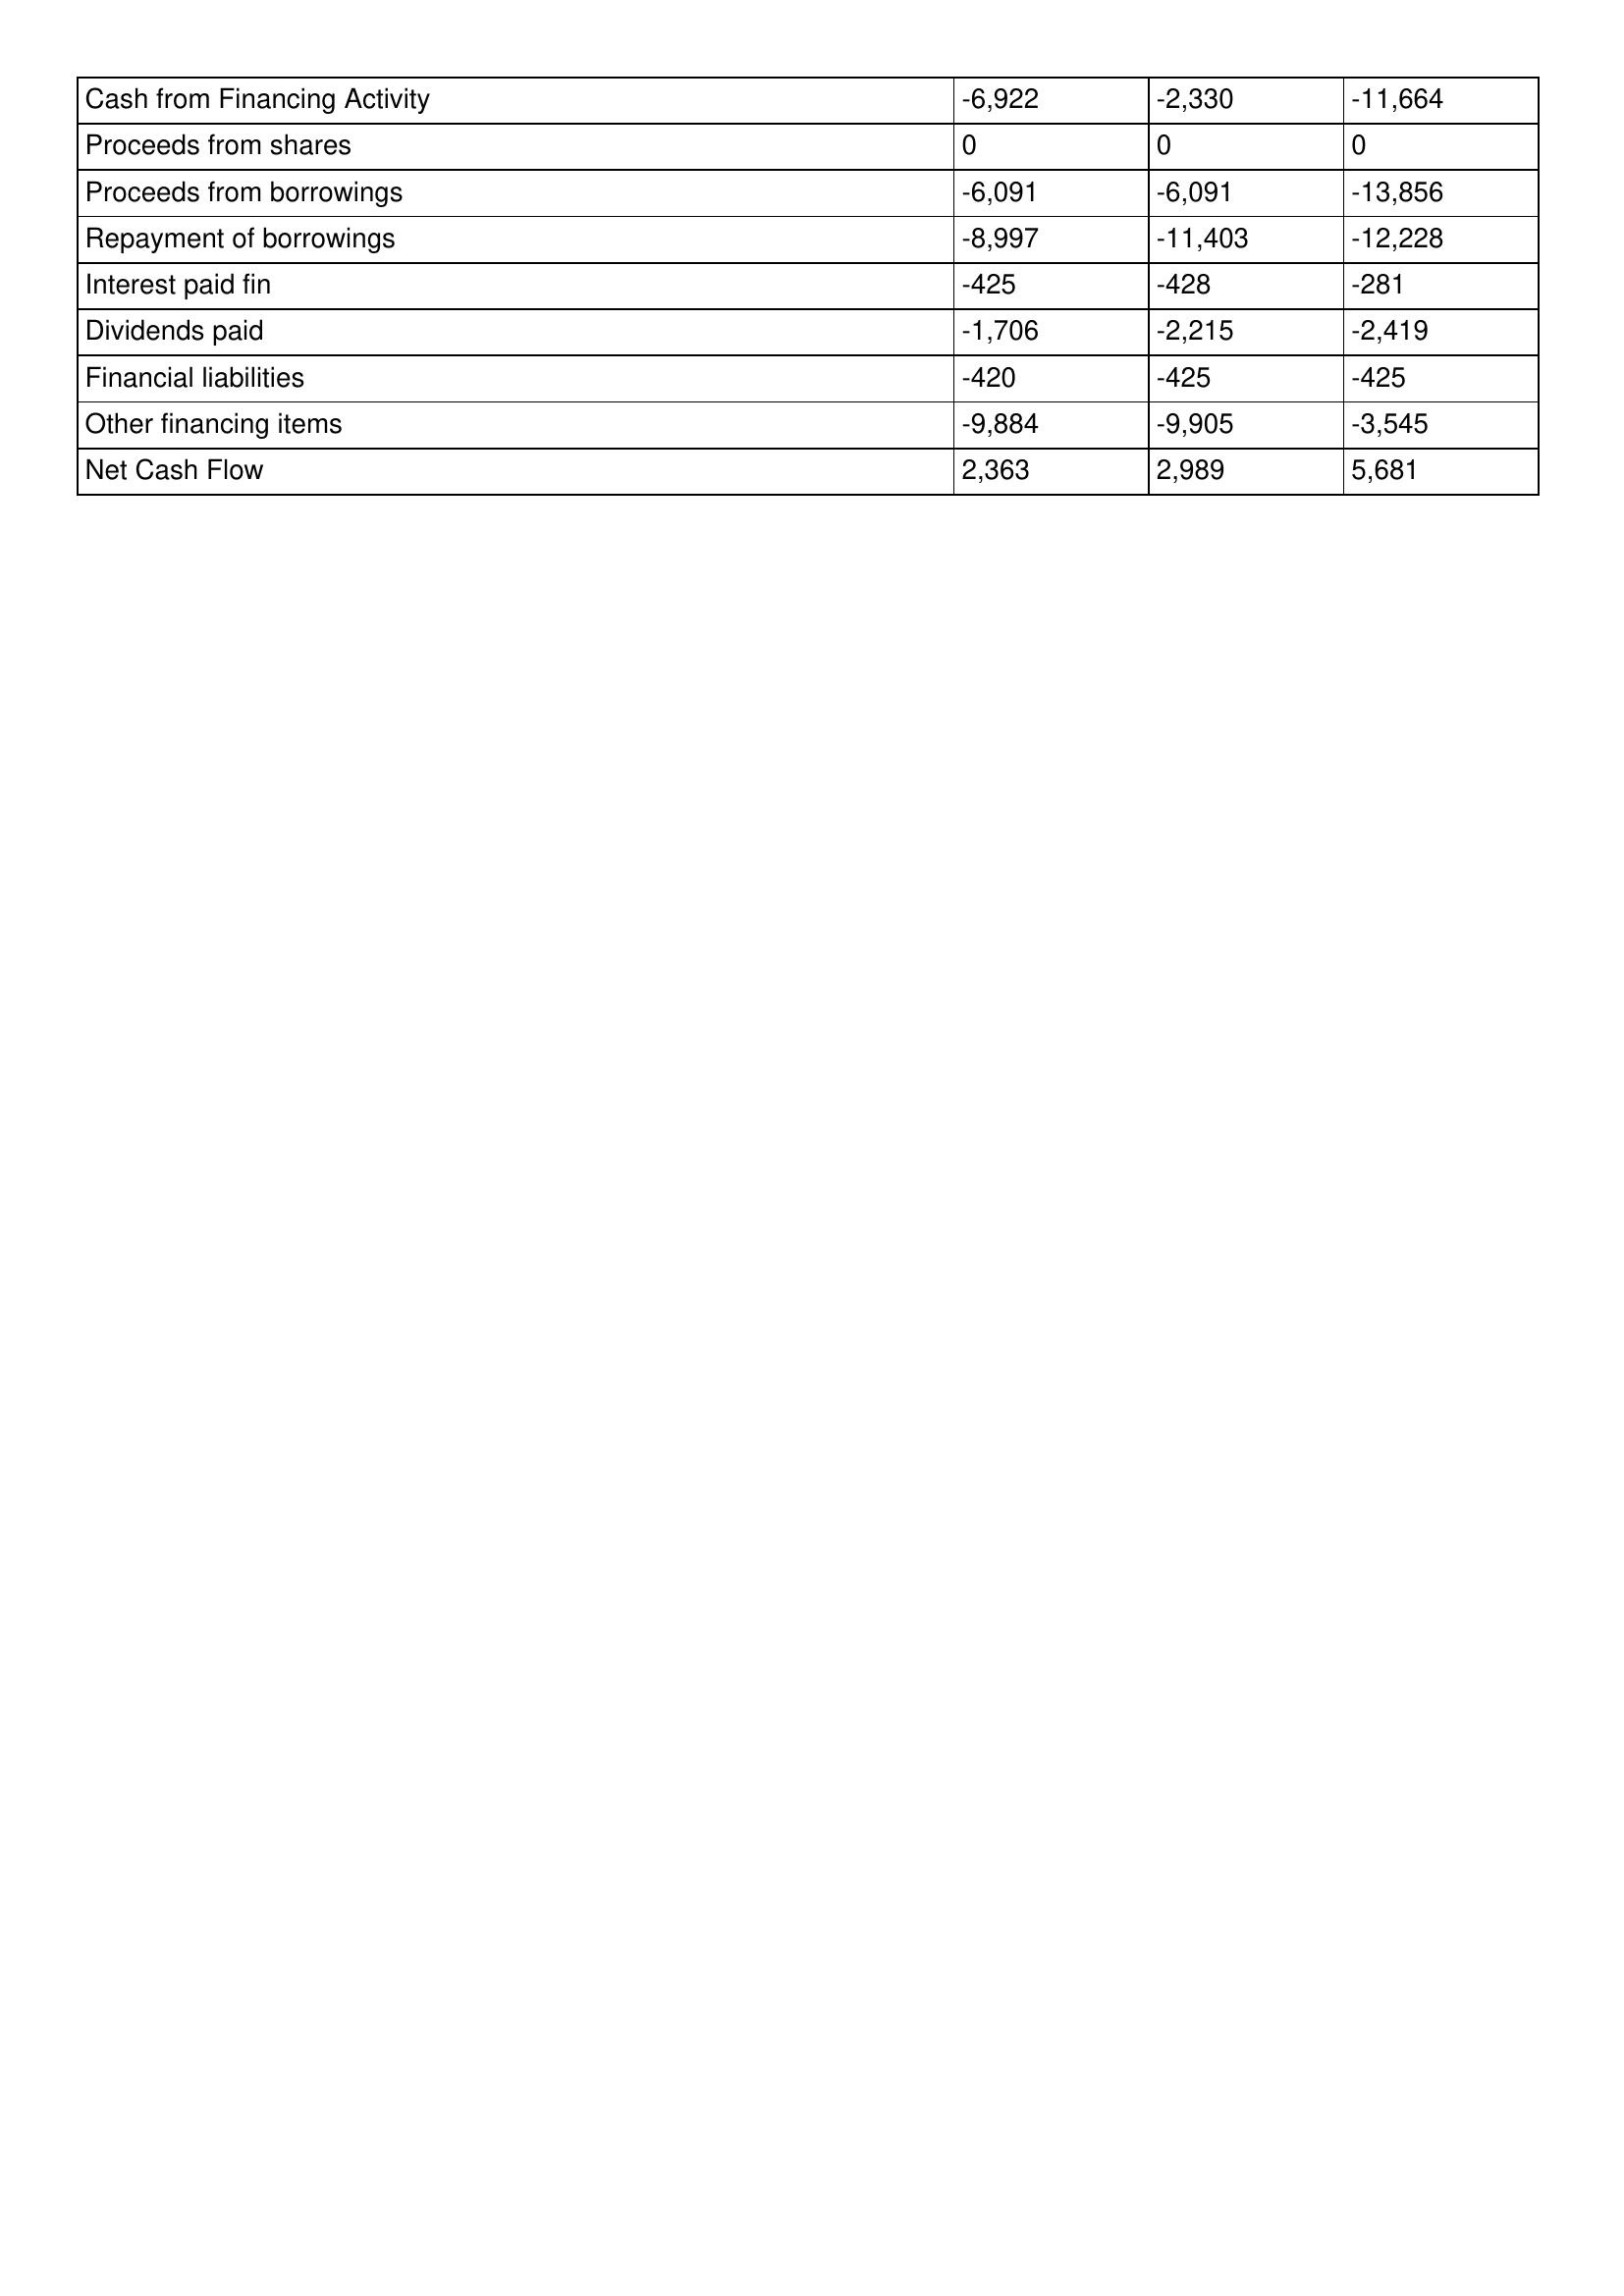
gt_parse: 2013: Cash Flows: Cash from Financing Activity: -6,922
Proceeds from shares: 0
Proceeds from borrowings: -6,091
Repayment of borrowings: -8,997
Interest paid fin: -425
Dividends paid: -1,706
Financial liabilities: -420
Other financing items: -9,884
Net Cash Flow: 2,363
2012: Cash Flows: Cash from Financing Activity: -2,330
Proceeds from shares: 0
Proceeds from borrowings: -6,091
Repayment of borrowings: -11,403
Interest paid fin: -428
Dividends paid: -2,215
Financial liabilities: -425
Other financing items: -9,905
Net Cash Flow: 2,989
2011: Cash Flows: Cash from Financing Activity: -11,664
Proceeds from shares: 0
Proceeds from borrowings: -13,856
Repayment of borrowings: -12,228
Interest paid fin: -281
Dividends paid: -2,419
Financial liabilities: -425
Other financing items: -3,545
Net Cash Flow: 5,681